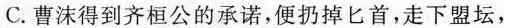
C. 曹沫得到齐桓公的承诺，便扔掉匕首，走下盟坛，